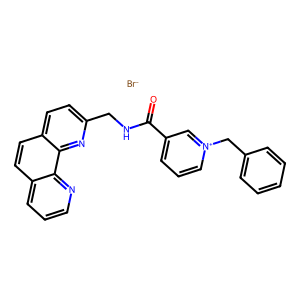
SMILES: O=C(NCc1ccc2ccc3cccnc3c2n1)c1ccc[n+](Cc2ccccc2)c1.[Br-]
Inhibits HIV replication: No